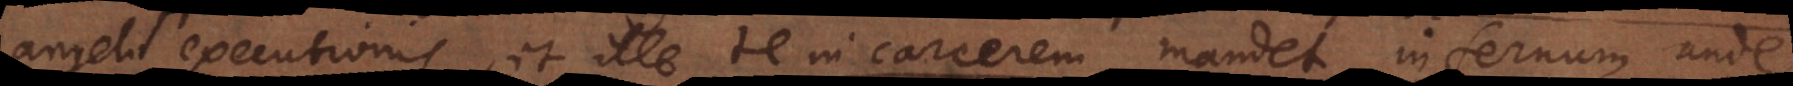
angelo executionis, et ille te in carcerem mandet infernum unde